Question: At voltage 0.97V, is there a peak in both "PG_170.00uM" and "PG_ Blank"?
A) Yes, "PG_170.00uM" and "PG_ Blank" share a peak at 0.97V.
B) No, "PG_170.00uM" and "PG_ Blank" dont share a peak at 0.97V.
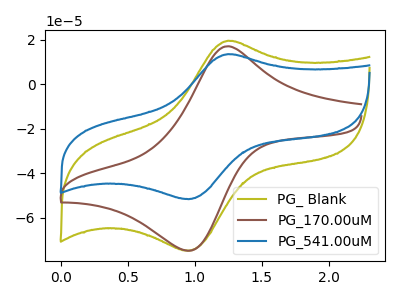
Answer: <think>The olive curve "PG_ Blank" has an anodic peak at (1.25V, 19.50uA) and a cathodic peak at (0.95V, -74.85uA). The brown curve "PG_170.00uM" has an anodic peak at (1.25V, 16.95uA) and a cathodic peak at (0.95V, -74.70uA). The blue curve "PG_541.00uM" has an anodic peak at (1.25V, 13.45uA) and a cathodic peak at (0.95V, -51.70uA).</think>
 <answer>A) Yes, "PG_170.00uM" and "PG_ Blank" share a peak at 0.97V.</answer>
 <eval>A</eval>